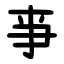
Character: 亊